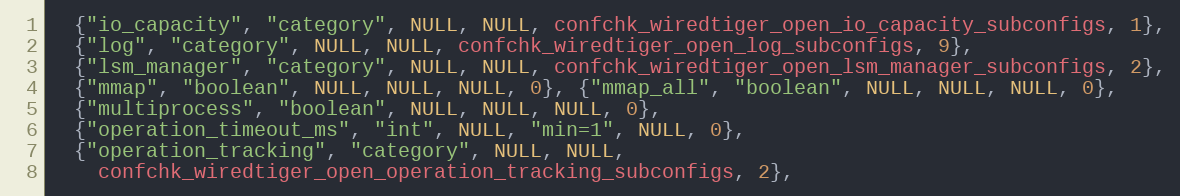
Language: C
  {"io_capacity", "category", NULL, NULL, confchk_wiredtiger_open_io_capacity_subconfigs, 1},
  {"log", "category", NULL, NULL, confchk_wiredtiger_open_log_subconfigs, 9},
  {"lsm_manager", "category", NULL, NULL, confchk_wiredtiger_open_lsm_manager_subconfigs, 2},
  {"mmap", "boolean", NULL, NULL, NULL, 0}, {"mmap_all", "boolean", NULL, NULL, NULL, 0},
  {"multiprocess", "boolean", NULL, NULL, NULL, 0},
  {"operation_timeout_ms", "int", NULL, "min=1", NULL, 0},
  {"operation_tracking", "category", NULL, NULL,
    confchk_wiredtiger_open_operation_tracking_subconfigs, 2},